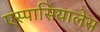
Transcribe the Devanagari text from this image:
एस्पासियालेस